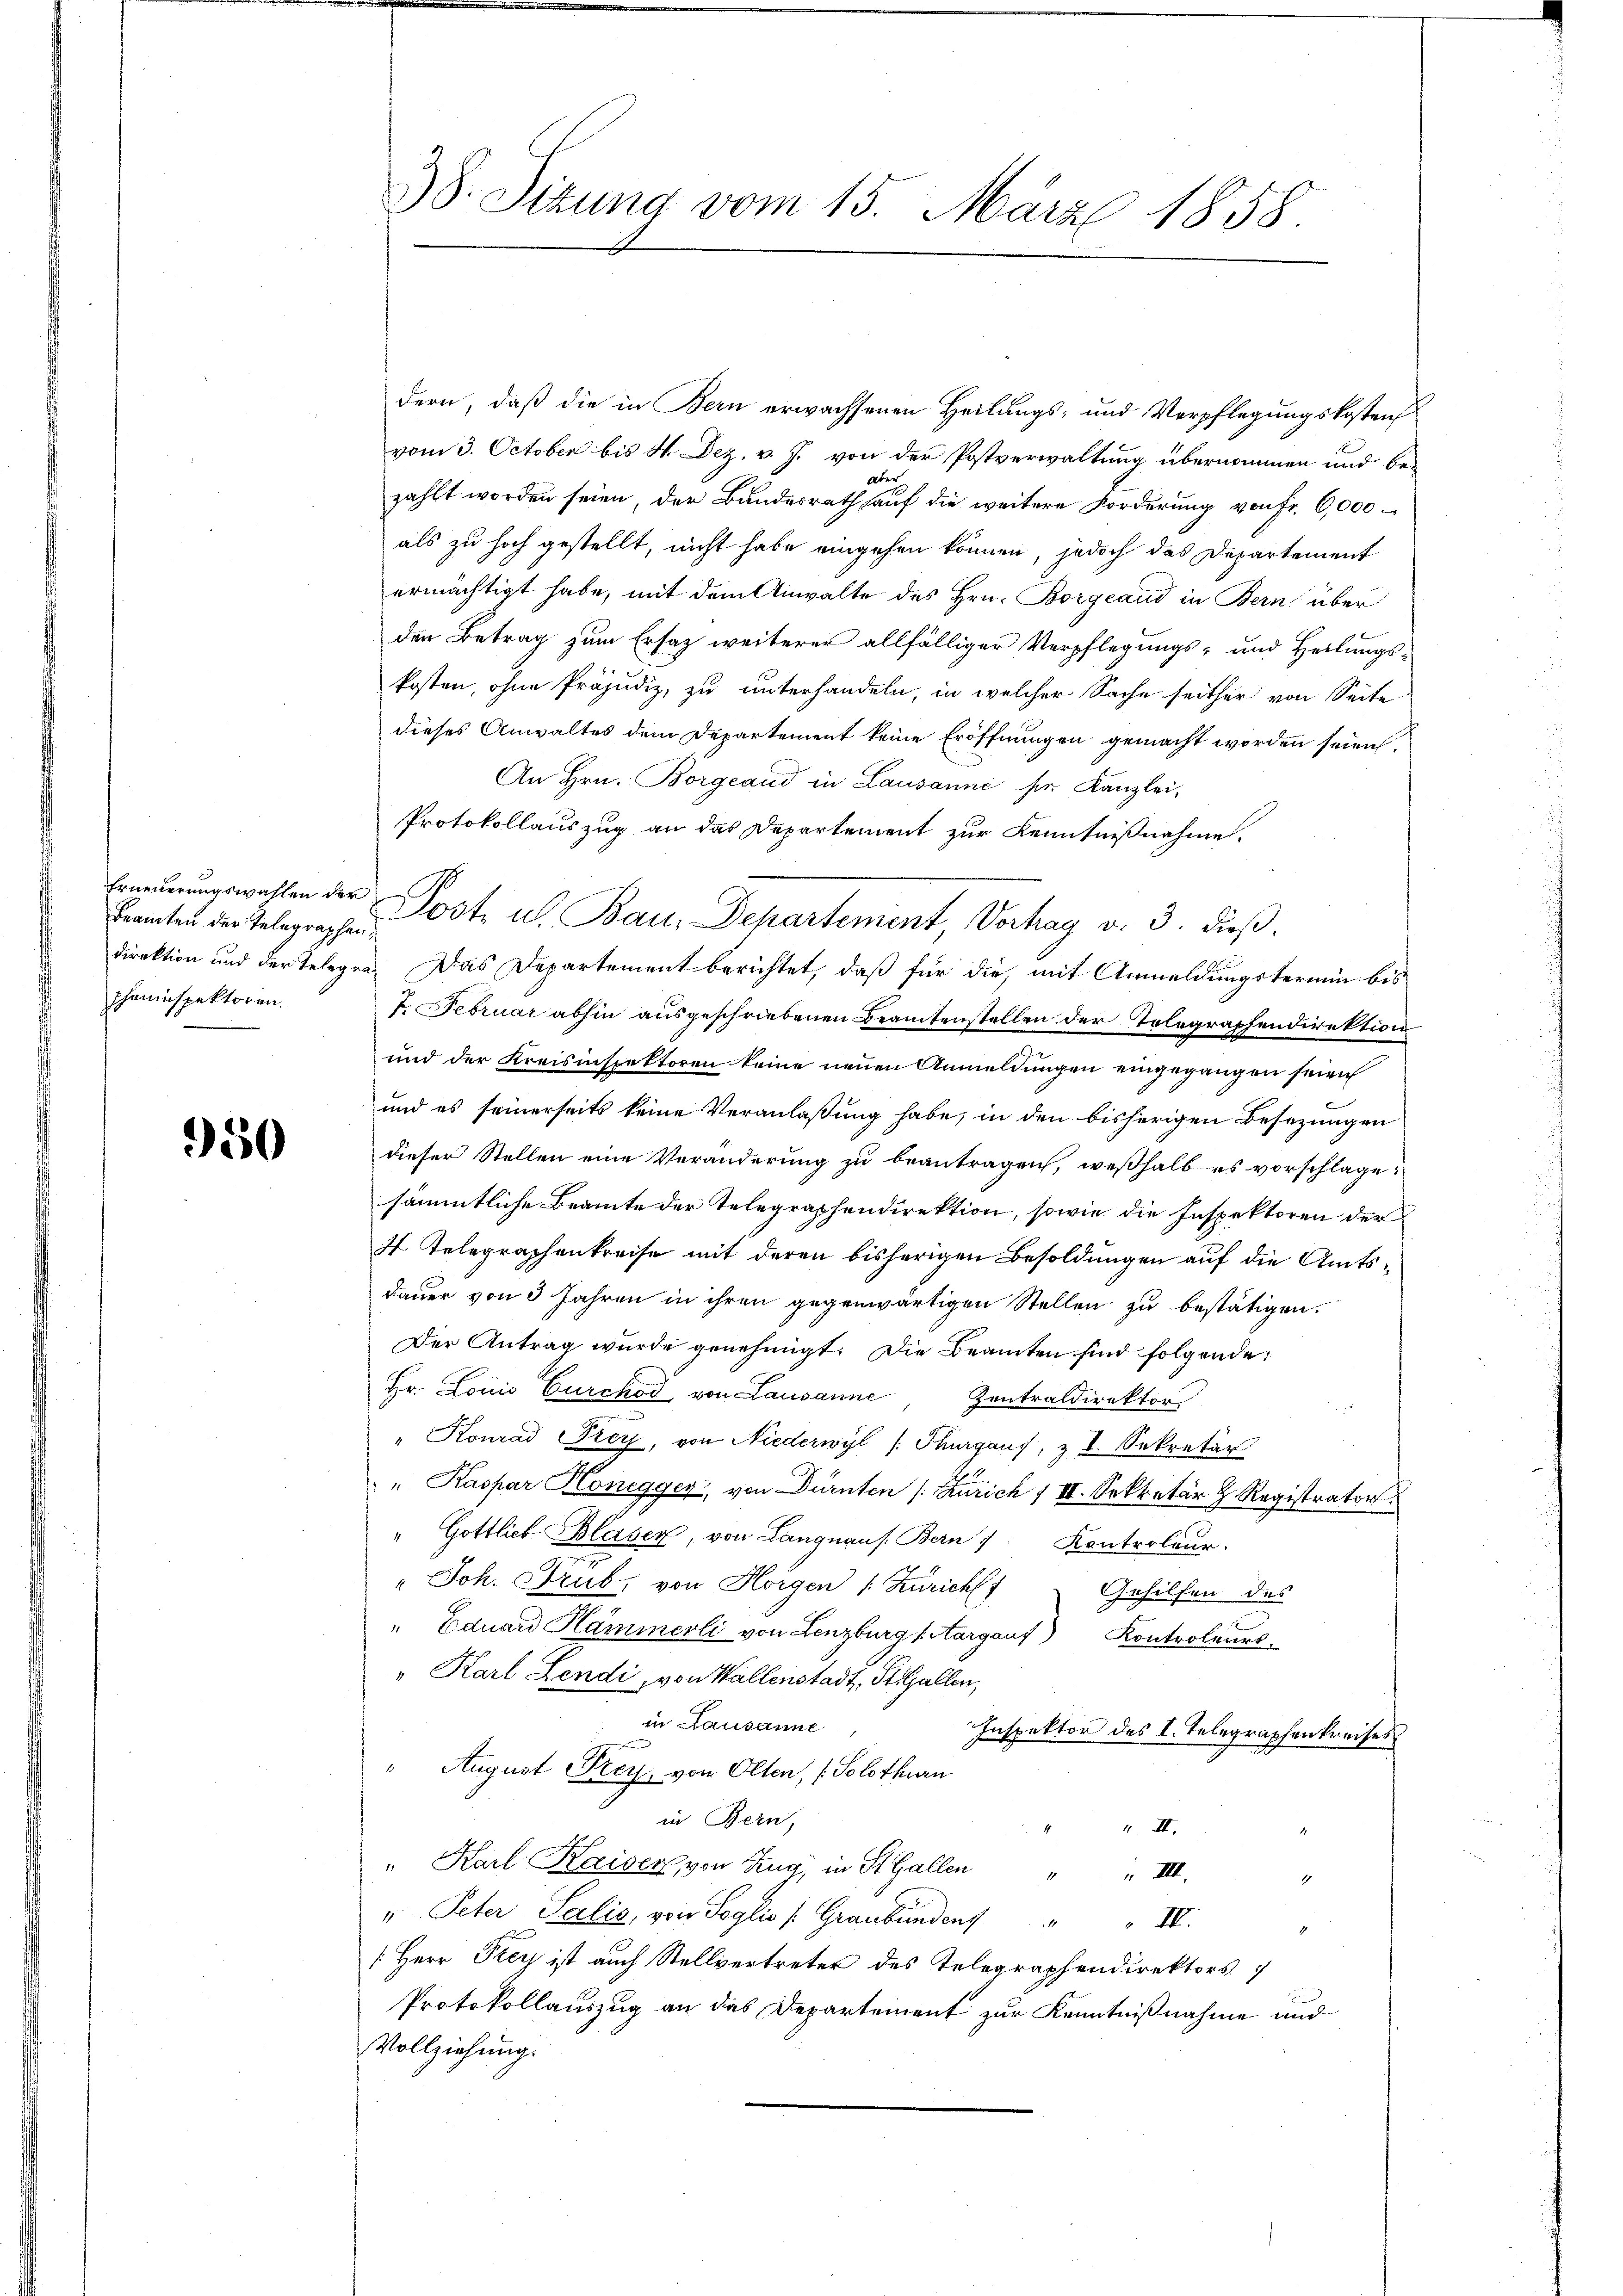
Erneuerungswahlen der
Beamten der Telegraphen,
scheninspektoren.

950

38. Situng vom 15. März 1858.

dern, daß die in Bern erwachsenen Heilungs- und Verpflegungskostens
vom 3. October bis H. Dez. v. J. von der Postverwaltung übernommen und beabe
zählt worden seien, der Bundesrath auf die weitere Forderung von Fr. 6,000
als zu hoch gestellt, nicht habe eingehen können, jedoch das Departement
ermächtigt habe, mit dem Anwalte des Hrn. Borgeaud in Bern über
den Betrag zum Ersatz weiterer allfälliger Verpflegungs- und Heilungskosten, ohne Präjudiz, zu unterhandeln, in welcher Sache seither von Seite
dieses Anwaltes dem Departement keine Eröffnungen gemacht worden seien.
An Hrn. Borgeaud in Lausanne ser Kanzlei,
Protokollauszug an das Departement zur Kenntnißnahme.
direktion und der Telegen. Das Departement berichtet, daß für die mit Anmeldungstermin bis
7. Februar abhin ausgeschriebenen Beamtenstellen der Telegraphendirektion
und der Kreisinspektoren keine neuen Anmeldungen eingegangen seien
und es seinerseits keine Veranlaßung habe, in den bisherigen Besezungen
dieser Stellen eine Veränderung zu beantragen, weßhalb es vorschlage:
sämmtliche Beamte der Telegraphendirektion, sowie die Inspektoren der
7 Telegraphenkreise mit deren bisherigen Besoldungen auf die Amtsdauer von 3 Jahren in ihren gegenwärtigen Stellen zu bestätigen.
Der Antrag wurde genehmigt. Die Beamten sind folgende
Hr. Louis Curckod von Lausanne Zentraldirektor
" Konrad Frey, von Niederwyl (Thurgaus, z. I. Sekretär
" Kaspar Honegger, von Dürnten /: Zürich 1 II. Sekretär z Registrator
" Gottlieb Blaser, von Langnaus. Bern /: Kontroleur.
" Joh. Trub, von Horgen (Zürich Gehilfen des
" Eduard Kaminerli von Lenzburg (Aargauf) Kontroleurs.
" Karl Lendi, von Wallenstadt, St. Gallen,
in Lausanne
Inspektor des I. Telegraphenkreises
" August Frey, von Olten, (Solothurn
in Bern,
44. I
" Karl Kaiser, von Zug, in St. Gallen "
 III.
" Peter Salić, von Soglio Graubünden " " II.
[Herr Frey ist auch Stellvertreter des Telegraphendirektors
Protokollauszug an das Departement zur Kenntnißnahme und
Vollziehung.

Post u. Bau, Departement, Vorhay v. 3. dieβ.